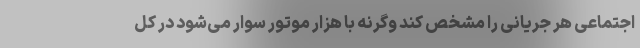
اجتماعی هر جریانی را مشخص کند وگرنه با هزار موتور سوار می‌شود در کل